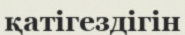
қатігездігін